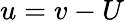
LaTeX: u=v-U